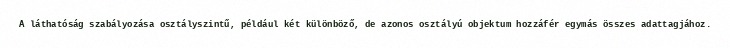
A láthatóság szabályozása osztályszintű, például két különböző, de azonos osztályú objektum hozzáfér egymás összes adattagjához.